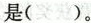
是()。